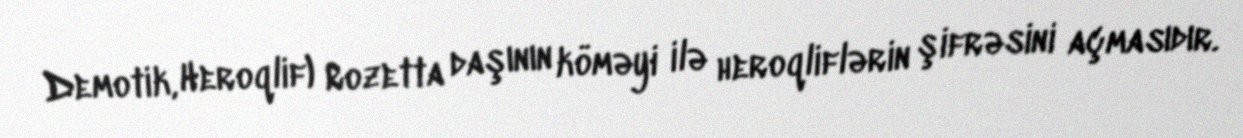
Demotik, Heroqlif) Rozetta daşının köməyi ilə heroqliflərin şifrəsini açmasıdır.